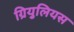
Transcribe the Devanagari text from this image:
ग्रियुलियस